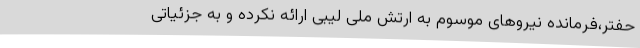
حفتر،فرمانده نیروهای موسوم به ارتش ملی لیبی ارائه نکرده و به جزئیاتی